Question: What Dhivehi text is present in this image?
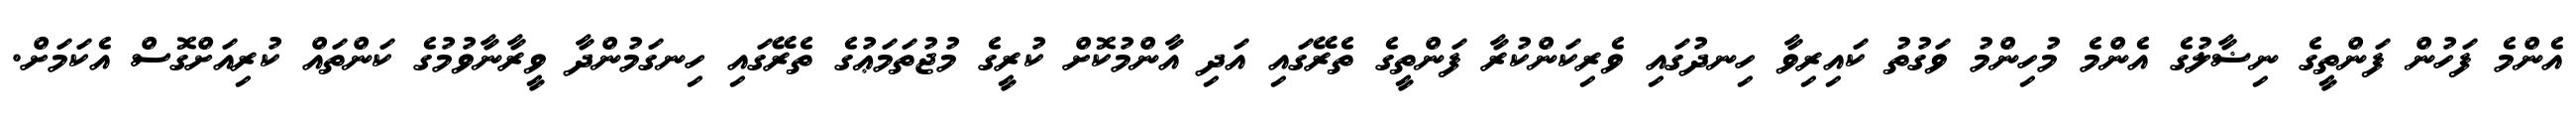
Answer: އެންމެ ފަހުން ފަންތީގެ ނިޟާލުގެ އެންމެ މުހިންމު ވަގުތު ކައިރިވާ ހިނދުގައި ވެރިކަންކުރާ ފަންތީގެ ތެރޭގައި އަދި އާންމުކޮށް ކުރީގެ މުޖުތަމަޢުގެ ތެރޭގައި ހިނގަމުންދާ ވީރާނާވުމުގެ ކަންތައް ކުރިއަށްގޮސް އެކަމަށް.